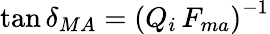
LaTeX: \tan\delta_{MA}=\left(Q_{i}\, F_{ma}\right)^{-1}